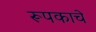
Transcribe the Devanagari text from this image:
रूपकाचे